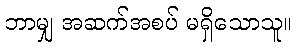
ဘာမျှ အဆက်အစပ် မရှိသောသူ။